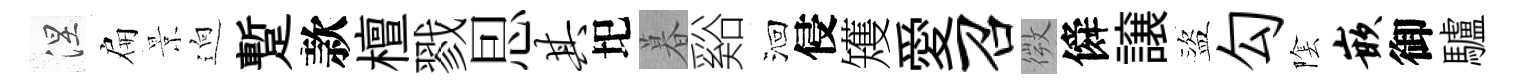
涅扁景逈蹔款檀戮㤙其圯暮谿洄侵矱愛召微僢譲盜勾隂嵌御驢